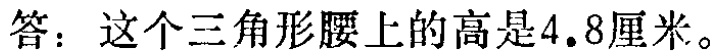
答：这个三角形腰上的高是\(4.8\)厘米。